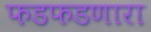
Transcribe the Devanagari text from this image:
फडफडणारा